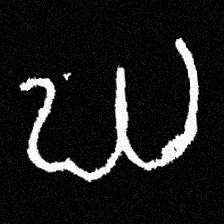
Pyu character \u2014 Myanmar letter: ဃ (romanized: gha)